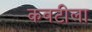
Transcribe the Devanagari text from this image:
कवटीला